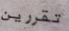
تقررين